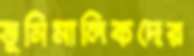
ভূমিমালিকদের